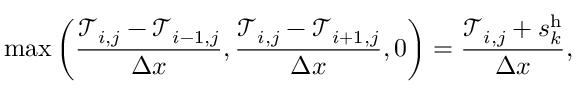
\operatorname* { m a x } { \left( \frac { \mathcal { T } _ { i , j } - \mathcal { T } _ { i - 1 , j } } { \Delta x } , \frac { \mathcal { T } _ { i , j } - \mathcal { T } _ { i + 1 , j } } { \Delta x } , 0 \right) } = \frac { \mathcal { T } _ { i , j } + s _ { k } ^ { \mathrm { h } } } { \Delta x } ,